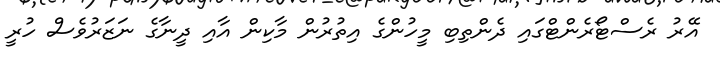
އޭރު ރެސްޓޯރެންޓްގައި ދެންތިބި މީހުންގެ އިތުރުން މާކިން އާއި ދީނާގެ ނަޒަރުވެސް ހުރީ